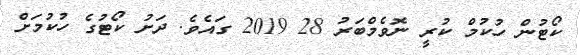
ކޯޓުން ހުކުމް ކުރީ ނޮވެމްބަރު 28 2019 ގައެވެ. ދަށު ކޯޓުގެ ހުކުމަށް